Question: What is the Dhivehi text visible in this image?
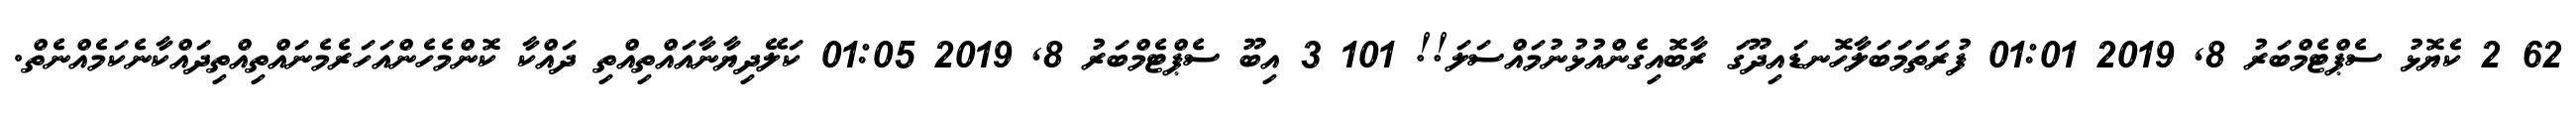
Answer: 62 2 ކެޔޮޅު ސެޕްޓެމްބަރު 8, 2019 01:01 ފުރަތަމަބަލާހޮނޑައިދޫގަ ރާބޮއިގެންއުޅުނުމައްސަލަ!! 101 3 އިބޫ ސެޕްޓެމްބަރު 8, 2019 01:05 ކަލޭދިޔާނާއައްތިއްތި ދައްކާ ކޮންމެހެންއަހަރެމެނައްތިއްތިދައްކާނެކަމެއްނެތް.